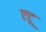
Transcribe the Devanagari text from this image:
एटू